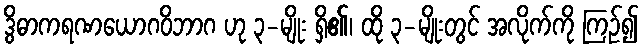
ဒွိဓာကရဏယောဂဝိဘာဂ ဟု ၃-မျိုး ရှိ၏၊ ထို ၃-မျိုးတွင် အလိုက်ကို ကြဉ်၍